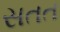
સતત